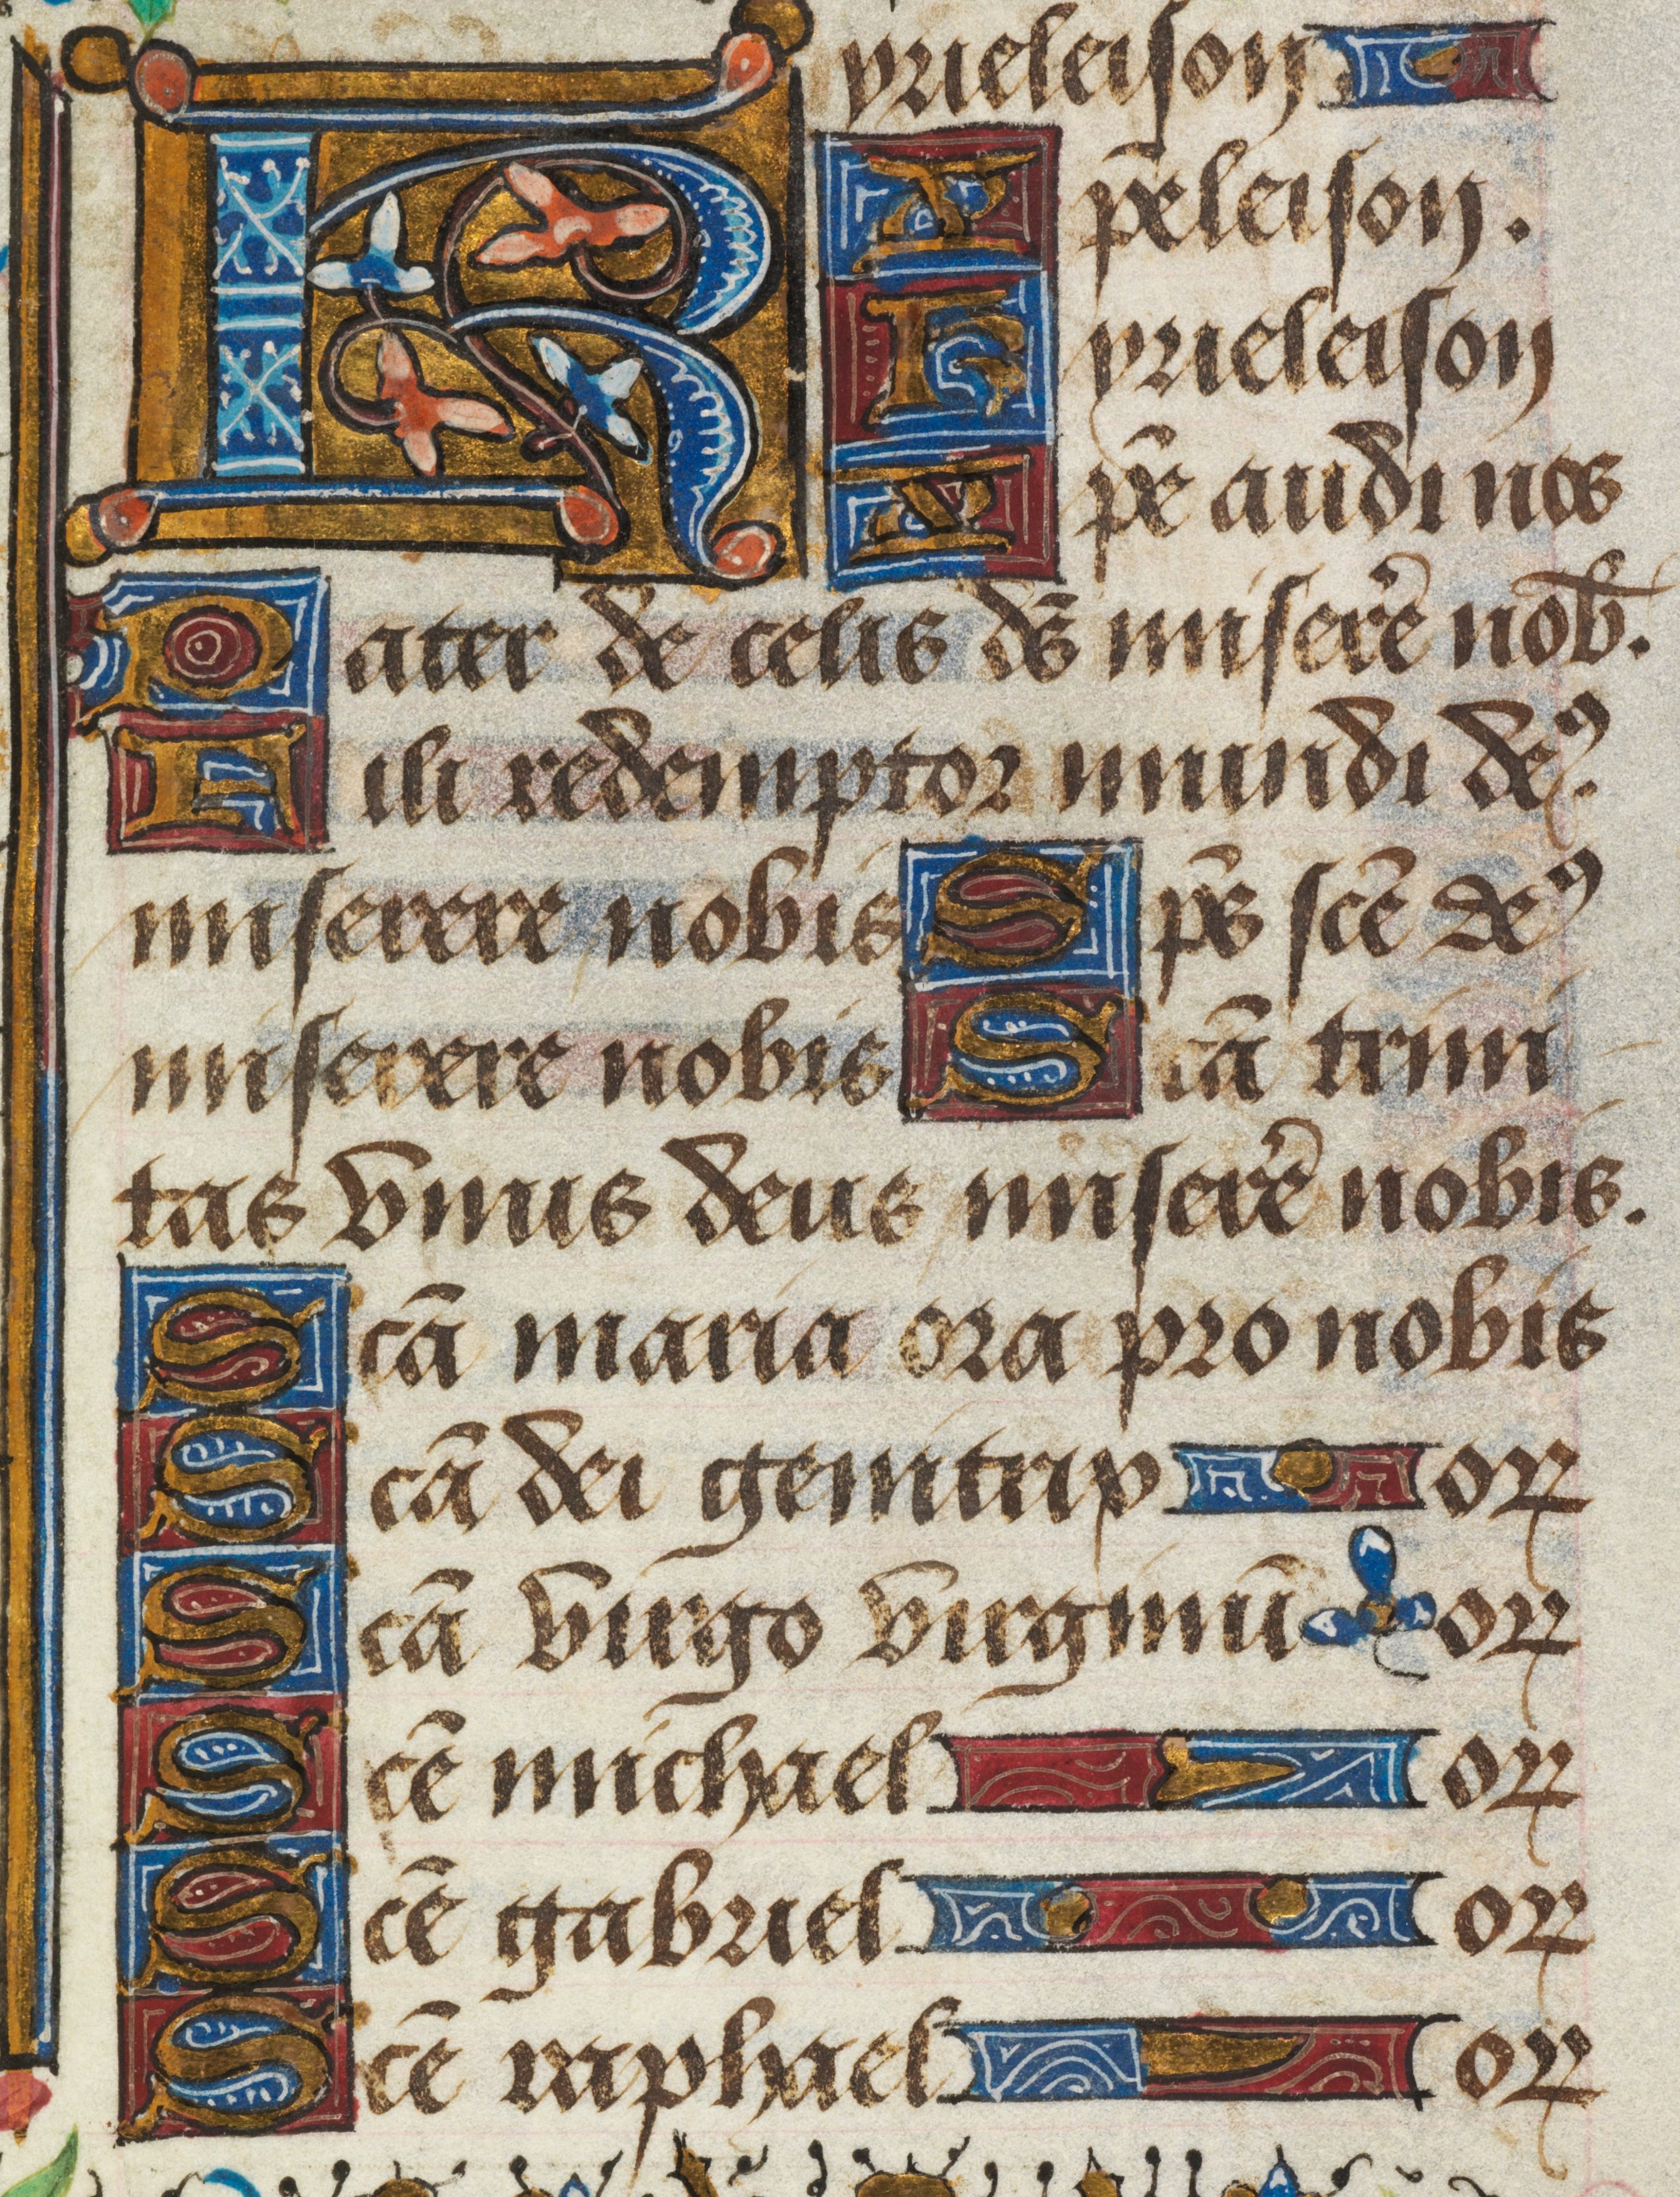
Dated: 1463–1498